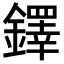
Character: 鐸